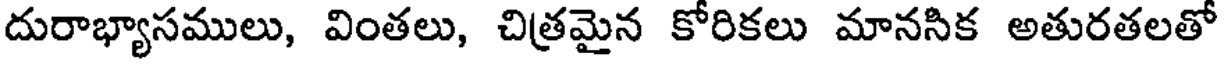
దురాభ్యాసములు, వింతలు, చిత్రమైన కోరికలు మానసిక అతురతలతో